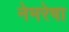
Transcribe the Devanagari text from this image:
नेमरेषा